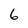
Character: 6